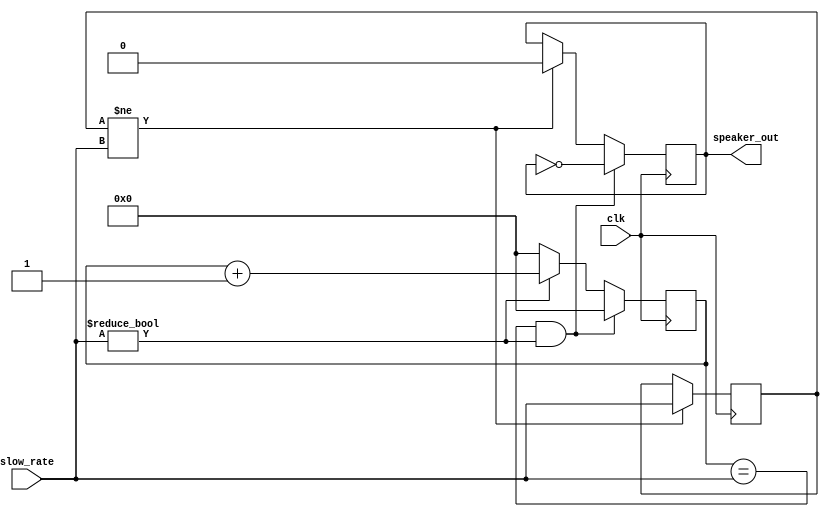
module pwm_controller( clk, slow_rate, speaker_out );
   input				clk;				// input clk run at 1MHz
   input [12:0] 	slow_rate;
   output 			speaker_out;

   reg [12:0] 		counter;
   reg 				speaker;
   reg [12:0] 		slow_rate_old;

   initial begin
      counter = 0;
      slow_rate_old = 0;
      speaker = 1'b0;
   end

   always @(posedge clk) begin
      if(slow_rate_old != slow_rate) begin
			counter <= 0;
			speaker <= 1'b0;
			slow_rate_old <= slow_rate;
      end
      if(counter == slow_rate && slow_rate != 0) begin
			speaker <= ~speaker;
			counter <= 0;
      end else if (slow_rate != 0) begin
			counter <= counter + 1;
      end else begin
			counter <= 0;
      end
   end

   assign speaker_out = speaker;

endmodule